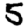
Digit: 5